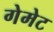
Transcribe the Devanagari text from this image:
गेमेट